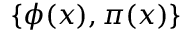
\{ \phi ( x ) , \pi ( x ) \}